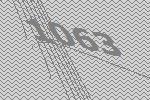
1063